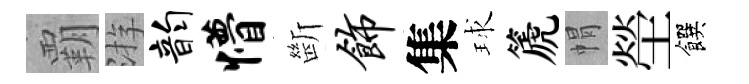
覇㳺韵懵㫁饰集球篪㡌塋饌